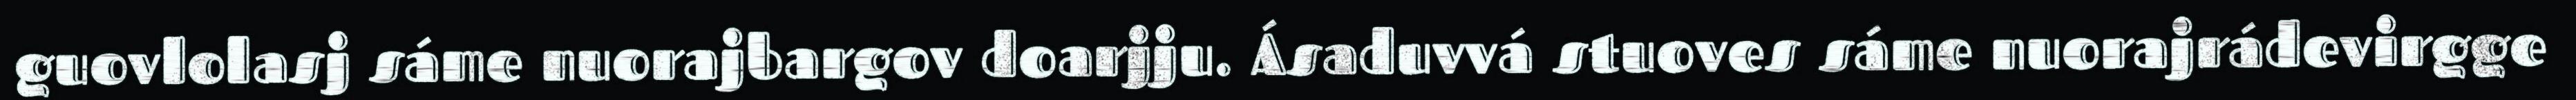
guovlolasj sáme nuorajbargov doarjju. Ásaduvvá stuoves sáme nuorajrádevirgge